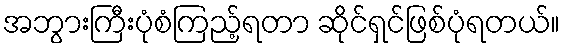
အဘွားကြီးပုံစံကြည့်ရတာ ဆိုင်ရှင်ဖြစ်ပုံရတယ်။